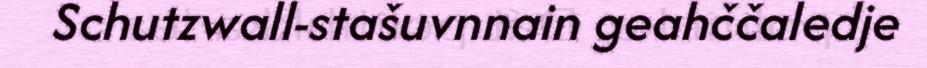
Schutzwall-stašuvnnain geahččaledje